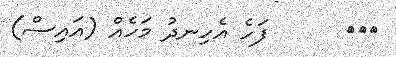
١٤٣      ފަހެ އެހިނދު މަހެއް (އައިސް)